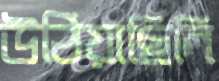
উঠিয়াছিলি